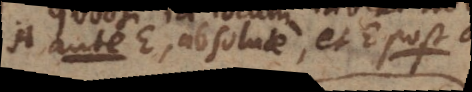
A ante E, absolute, et E post A.